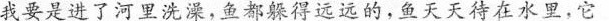
我要是进了河里洗澡，鱼都躲得远远的，鱼天天待在水里，它